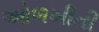
ઓળખીતી